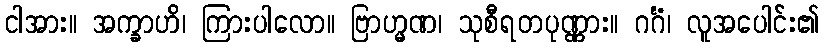
ငါအား။ အက္ခာဟိ၊ ကြားပါလော။ ဗြာဟ္မဏ၊ သုစီရတပုဏ္ဏား။ ဂင်္ဂံ၊ လူအပေါင်း၏